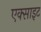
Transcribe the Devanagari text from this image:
एक्साइट